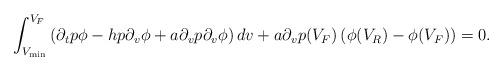
LaTeX: \begin{align*} \int_{V_{\min}}^{V_{F}} \left(\partial_tp \phi-hp\partial_v\phi+a\partial_vp\partial_v\phi\right) dv+a\partial_vp(V_F)\left(\phi(V_R)-\phi(V_F)\right)=0.\end{align*}